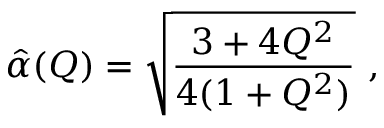
\hat { \alpha } ( Q ) = \sqrt { { \frac { 3 + 4 Q ^ { 2 } } { 4 ( 1 + Q ^ { 2 } ) } } } \ ,